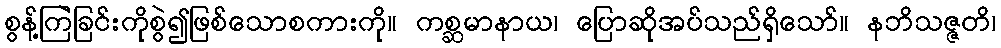
စွန့်ကြဲခြင်းကိုစွဲ၍ဖြစ်သောစကားကို။ ကစ္ဆမာနာယ၊ ပြောဆိုအပ်သည်ရှိသော်။ နဘိသဇ္ဇတိ၊